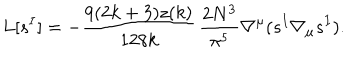
L [ s ^ { I } ] = - \frac { 9 ( 2 k + 3 ) z ( k ) } { 1 2 8 k } \, \frac { 2 N ^ { 3 } } { \pi ^ { 5 } } \nabla ^ { \mu } ( s ^ { I } \nabla _ { \mu } s ^ { I } ) .